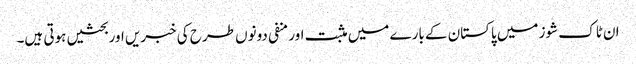
ان ٹاک شوز میں پاکستان کے بارے میں مثبت اور منفی دونوں طرح کی خبریں اور بحثیں ہوتی ہیں۔